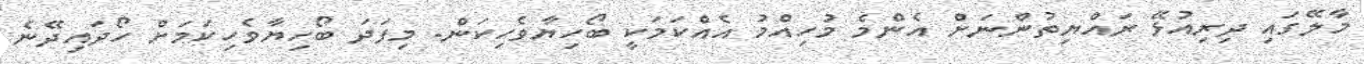
މާލޭގައި ދިރިއުޅޭ ރައްޔިތުންނަށް އެންމެ މުހިއްމު އެއްކަމަކީ ބޯހިޔާވެހިކަން. މިފަދަ ބޯހިޔާވެހިކަމަށް ހޯދައިދޭނެ